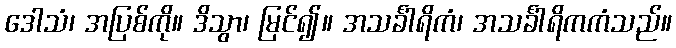
ဒေါသံ၊ အပြစ်ကို။ ဒိသွာ၊ မြင်၍။ အသင်္ခါရိကံ၊ အသင်္ခါရိကကံသည်။